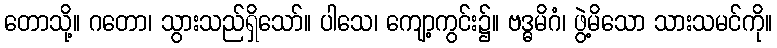
တောသို့။ ဂတော၊ သွားသည်ရှိသော်။ ပါသေ၊ ကျော့ကွင်း၌။ ဗဒ္ဓမိဂံ၊ ဖွဲ့မိသော သားသမင်ကို။